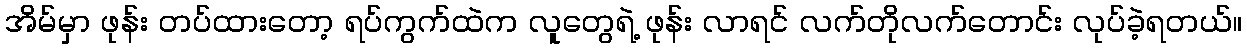
အိမ်မှာ ဖုန်း တပ်ထားတော့ ရပ်ကွက်ထဲက လူတွေရဲ့ ဖုန်း လာရင် လက်တိုလက်တောင်း လုပ်ခဲ့ရတယ်။